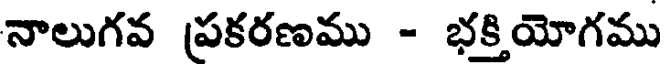
నాలుగవ ప్రకరణము - భక్తియోగము